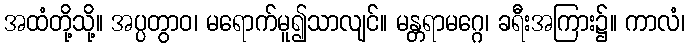
အထံတို့သို့။ အပ္ပတွာဝ၊ မရောက်မူ၍သာလျင်။ မန္တရာမဂ္ဂေ၊ ခရီးအကြား၌။ ကာလံ၊